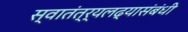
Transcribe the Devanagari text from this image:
स्वातंत्र्यलढ्यासंबंधी